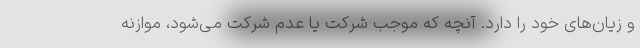
و زیان‌های خود را دارد. آنچه که موجب شرکت یا عدم شرکت می‌شود، موازنه